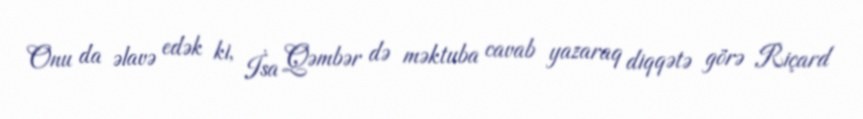
Onu da əlavə edək ki, İsa Qəmbər də məktuba cavab yazaraq diqqətə görə Riçard